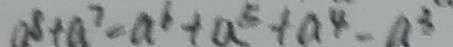
a ^ { 8 } + a ^ { 7 } - a ^ { 6 } + a ^ { 5 } + a ^ { 4 } - a ^ { 3 }